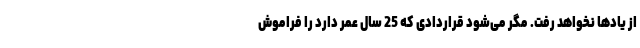
از یادها نخواهد رفت. مگر می‌شود قراردادی که 25 سال عمر دارد را فراموش